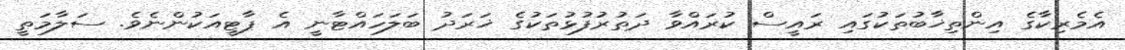
އެމެރިކާގެ އިންތިޚާބުތަކުގައި ރައީސް ކުރައްވާ ދަތުރުފުޅުތަކުގެ ޚަރަދު ބަލަހައްޓާނީ އެ ޕާޓީއަކުންނެވެ. ސަލާމަތީ